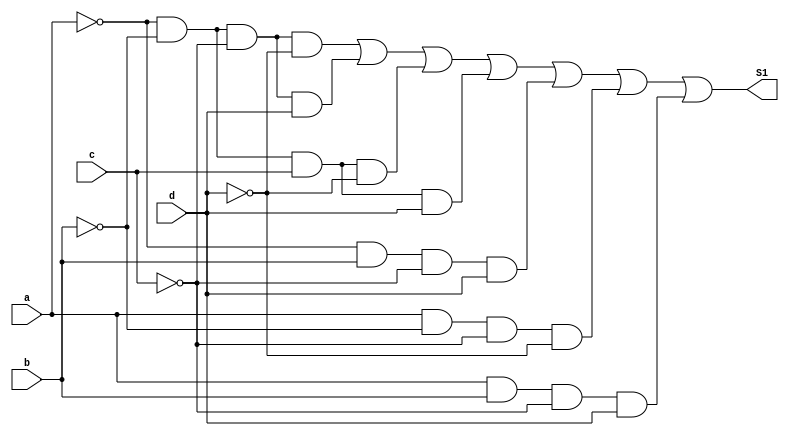
/** 
    821811 - Felipe Rivetti Mizher
    Recuperao 01
    Questo 1:
*/

module Q01a(output S1, 
            input a, 
            input b, 
            input c, 
            input d);

    assign S1 = (~a & ~b & ~c & ~d) | 
                (~a & ~b & ~c & d)  | 
                (~a & ~b & c & ~d)  | 
                (~a & ~b & c & d)   |
                (~a & b & ~c & d)   | 
                (a & ~b & ~c & ~d)  | 
                (a & b & ~c & d);

endmodule // end Q01a

module Q01b(output S2, 
            input A, 
            input B, 
            input C, 
            input D);

    assign S2 = (A | ~B | C | D)   & 
                (A | ~B | ~C | D)  & 
                (A | ~B | ~C | ~D) & 
                (~A | B | C | ~D)  &
                (~A | B | ~C | D)  & 
                (~A | B | ~C | ~D) & 
                (~A | ~B | C | D)  & 
                (~A | ~B | ~C | D) & 
                (~A | ~B | ~C | ~D);

endmodule // end Q01b

module Q01c(output S3, 
            input a, 
            input b, 
            input c, 
            input d);

    assign S3 = (~a & ~b)    | 
                (b & ~c & d) | 
                (~b & ~c & ~d);

endmodule // end Q01c

module Q01d(output S4, 
            input A, 
            input B, 
            input C,
            input D);

    assign S4 = (~B | ~C)     & 
                (~A | B | ~C) & 
                (~A | B | ~D) & 
                (~B | C | D);

endmodule // end Q01d

module Q01e(output s,
            input a, 
            input b,
            input c,
            input d);

    wire nand1, nand2, nand3, nand4, nand5, nand6, nand7, nand8;

    assign nand1 = ~(~a & ~b & ~c & ~d);
    assign nand2 = ~(~a & ~b & ~c & d);
    assign nand3 = ~(~a & ~b & c & ~d);
    assign nand4 = ~(~a & ~b & c & d);
    assign nand5 = ~(~a & b & ~c & d);
    assign nand6 = ~(a & ~b & ~c & ~d);
    assign nand7 = ~(a & b & ~c & d);

    assign s = nand1 | nand2 | nand3 | nand4 | nand5 | nand6 | nand7;

endmodule // end Q01e

module Q01f(output s,
            input A, 
            input B,
            input C, 
            input D);

    wire nor1, nor2, nor3, nor4, nor5, nor6, nor7, nor8, nor9;

    assign nor1 = ~(A | ~B | C | D);
    assign nor2 = ~(A | ~B | ~C | D);
    assign nor3 = ~(A | ~B | ~C | ~D);
    assign nor4 = ~(~A | B | C | ~D);
    assign nor5 = ~(~A | B | ~C | D);
    assign nor6 = ~(~A | B | ~C | ~D);
    assign nor7 = ~(~A | ~B | C | D);
    assign nor8 = ~(~A | ~B | ~C | D);
    assign nor9 = ~(~A | ~B | ~C | ~D);

    assign s = nor1 & nor2 & nor3 & nor4 & nor5 & nor6 & nor7 & nor8 & nor9; 

endmodule // end Q01f 

module test_brench;
    reg a, b, c, d;
    wire s1, s2, s3, s4, s5, s6;

    Q01a QA(s1, a, b, c, d);
    Q01b QB(s2, a, b, c, d);
    Q01c QC(s3, a, b, c, d);
    Q01d QD(s4, a, b, c, d);
    Q01e QE(s5, a, b, c, d);
    Q01f QF(s6, a, b, c, d);


    initial begin

        $display("a / b / c / d / s1/ s2/ s3/ s4/ s5");
        $monitor("%b  %b  %b  %b  %b  %b  %b  %b  %b  %b", a, b, c, d, s1, s2, s3, s4, s5, s6);
        a = 1'b0; b = 1'b0; c = 1'b0; d = 1'b0;
        #1
        a = 1'b0; b = 1'b0; c = 1'b0; d = 1'b1;
        #1
        a = 1'b0; b = 1'b0; c = 1'b1; d = 1'b0;
        #1
        a = 1'b0; b = 1'b0; c = 1'b1; d = 1'b1;
        #1
        a = 1'b0; b = 1'b1; c = 1'b0; d = 1'b0;
        #1
        a = 1'b0; b = 1'b1; c = 1'b0; d = 1'b1;
        #1
        a = 1'b0; b = 1'b1; c = 1'b1; d = 1'b0;
        #1
        a = 1'b0; b = 1'b1; c = 1'b1; d = 1'b1;
        #1
        a = 1'b1; b = 1'b0; c = 1'b0; d = 1'b0;
        #1
        a = 1'b1; b = 1'b0; c = 1'b0; d = 1'b1;
        #1
        a = 1'b1; b = 1'b0; c = 1'b1; d = 1'b0;
        #1
        a = 1'b1; b = 1'b0; c = 1'b1; d = 1'b1;
        #1
        a = 1'b1; b = 1'b1; c = 1'b0; d = 1'b0;
        #1
        a = 1'b1; b = 1'b1; c = 1'b0; d = 1'b1;
        #1
        a = 1'b1; b = 1'b1; c = 1'b1; d = 1'b0;
        #1
        a = 1'b1; b = 1'b1; c = 1'b1; d = 1'b1;
    end
endmodule // end test_brench